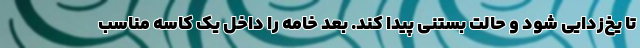
تا یخ‌زدایی شود و حالت بستنی پیدا کند. بعد خامه را داخل یک کاسه مناسب